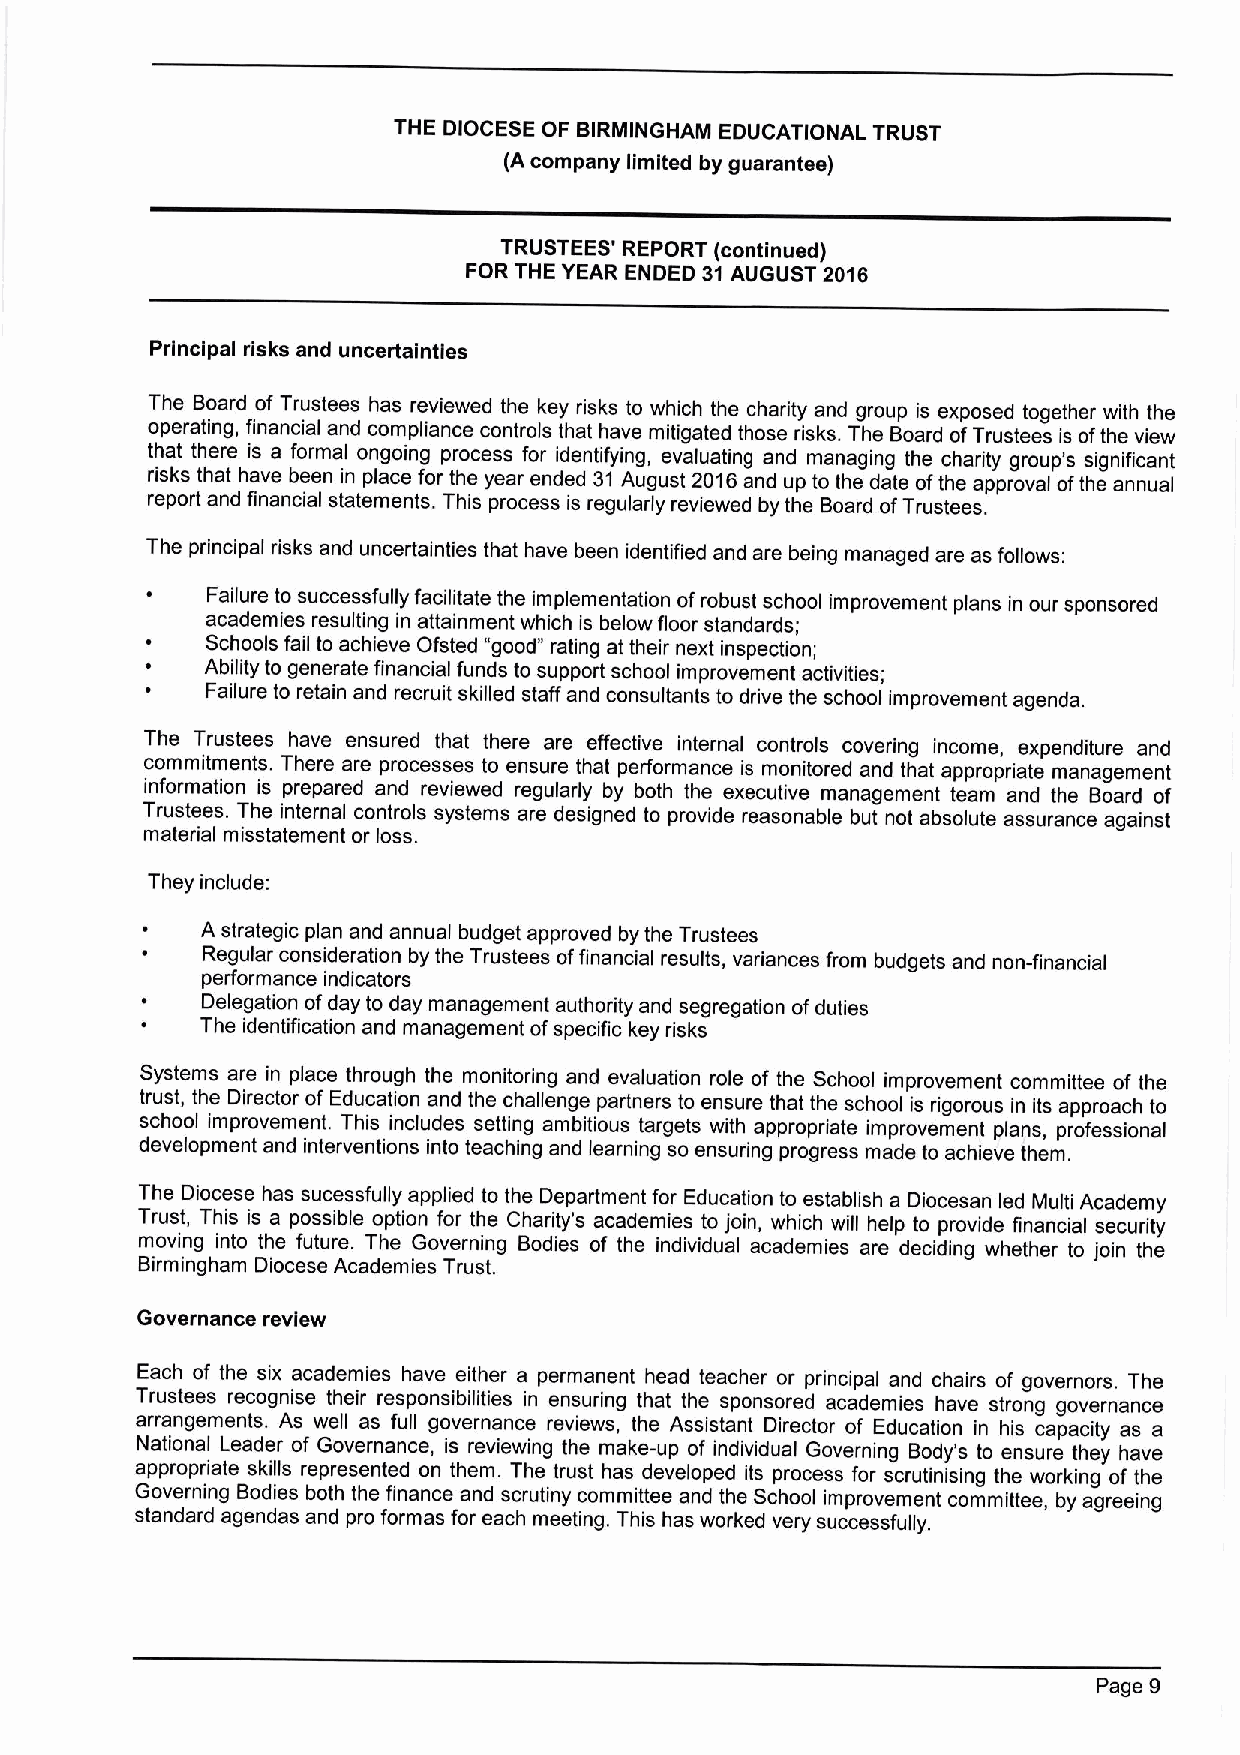
THE DIOCESE OF BIRMINGHAIN EDUCATIONAL TRUST
 (A company limited by guarantee)
 TRUSTEES' REPORT (continued)
 FOR THE YEAR ENDED 31AUGUST 2016
 Principal risks and uncertainties
 The Board of Trustees has reviewed the key risks to which the charity and group is exposed together with the
 operating, financial and compliance controls that have mitigated those risks. The Board ofTrustees is ofthe view
 that there is a formal ongoing process for identifying, evaluating and managing the charity group's significant
 risks that have been in place for the year ended 31 August 2016and up to the date ofthe approval ofthe annual
 report and financial statements. This process is regularly reviewed by the Board ofTrustees.
 The principal risks and uncertainties that have been identified and are being managed are as follows:
 Failure to successfully facilitate the implementation ofrobust school improvement plans in our sponsored
 academies resulting in attainment which is below floor standards;
 Schools fail to achieve Ofsted "good" rating at their next inspection;
 Ability to generate financial funds to support school improvement activities;
 Failure to retain and recruit skilled staff and consultants to drive the school improvement agenda.
 The Trustees have ensured that there are effective internal controls covering income, expenditure and
 commitments. There are processes to ensure that performance is monitored and that appropriate management
 information is prepared and reviewed regularly by both the executive management team and the Board of
 Trustees. The internal controls systems are designed to provide reasonable but not absolute assurance against
 material misstatement or loss.
 They include:
 A strategic plan and annual budget approved by the Trustees
 Regular consideration by the Trustees offinancial results, variances from budgets and non-financial
 performance indicators
 Delegation ofday to day management authority and segregation ofduties
 The identification and management ofspecific key risks
 Systems are in place through the monitoring and evaluation role of the School improvement committee of the
 trust, the Director of Education and the challenge partners to ensure that the school is rigorous in its approach to
 school improvement. This includes setting ambitious targets with appropriate improvement plans, professional
 development and interventions into teaching and learning so ensuring progress made to achieve them.
 The Diocese has sucessfully applied to the Department for Education to establish a Diocesan led Multi Academy
 Trust, This is a possible option for the Charity's academies to join, which will help to provide financial security
 moving into the future. The Governing Bodies of the individual academies are deciding whether to join the
 Birmingham Diocese Academies Trust.
 Governance review
 Each of the six academies have either a permanent head teacher or principal and chairs of governors. The
 Trustees recognise their responsibilities in ensuring that the sponsored academies have strong governance
 arrangements. As well as full governance reviews, the Assistant Director of Education in his capacity as a
 National Leader of Governance, is reviewing the make-up of individual Governing Body's to ensure they have
 appropriate skills represented on them. The trust has developed its process for scrutinising the working of the
 Governing Bodies both the finance and scrutiny committee and the School improvement committee, by agreeing
 standard agendas and pro formas for each meeting. This has worked very successfully,
 Page 9